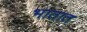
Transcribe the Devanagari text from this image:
भातात